画像に写った文字を読んでください
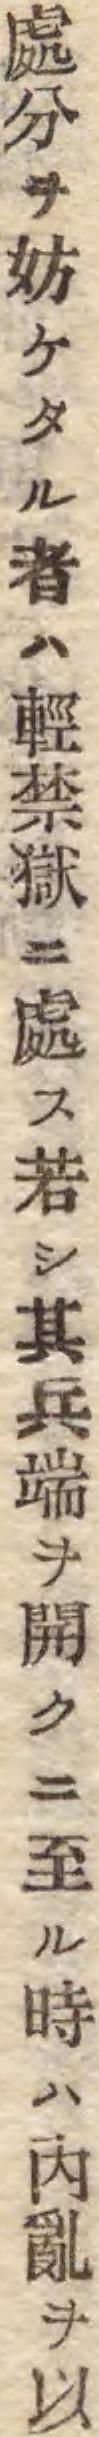
「處分ヲ妨ケタル者ハ輕禁獄ニ處ス若シ其兵端ヲ開クニ至ル時ハ內亂ヲ以」と書いてあります